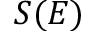
S ( E )